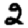
Digit: 2